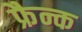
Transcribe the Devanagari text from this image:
फ्रैन्क